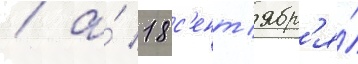
/ а́ 18 с'ент'ябр'я́